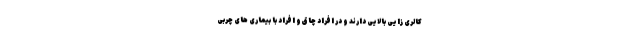
کالری زایی بالایی دارند و در افراد چاق و افراد با بیماری های چربی